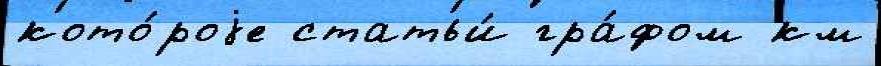
кото́роjе статьи́ гра́фом км